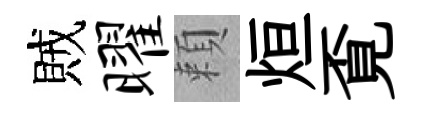
賊曜頼烜覔